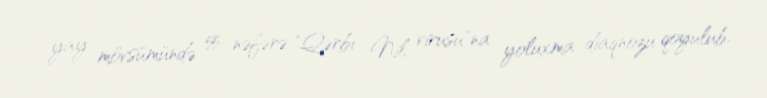
yay mövsümündə 55 nəfərə "Qərbi Nil virusu"na yoluxma diaqnozu qoyulub.